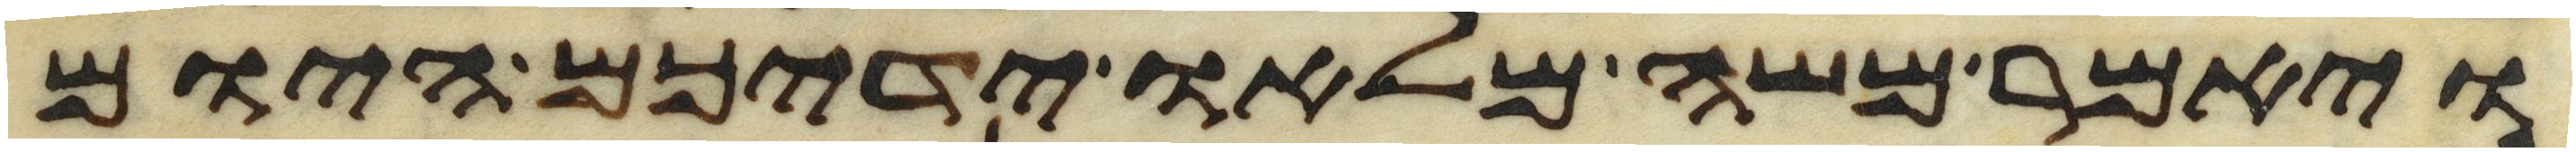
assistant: ויאמר משה מלאו ידיכם היום